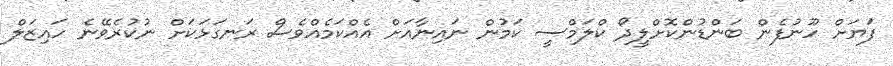
ފަޔަށް ހޫނުފެން ބަންޑުންކޮށްލީދޯ ކްލަމްސީ ކަމުން ނައިނާއަށް އެއްކަމެއްވެސް ރަނގަޅަކަށް ނުކުރެވޭނެ ހައިޒަލް